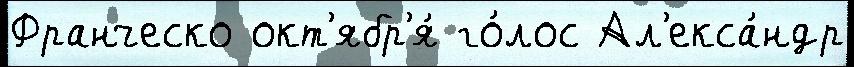
Франческо окт'ябр'я́ го́лос Ал'екса́ндр